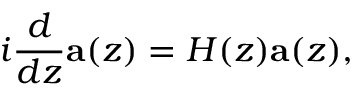
i \frac { d } { d z } \mathbf { a } ( z ) = H ( z ) \mathbf { a } ( z ) ,